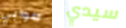
صوابي سيدي